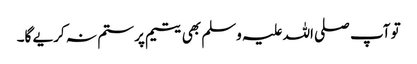
تو آپ صلی اللہ علیہ وسلم بھی یتیم پر ستم نہ کریے گا۔